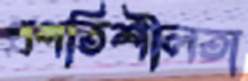
প্রগতিশীলতা